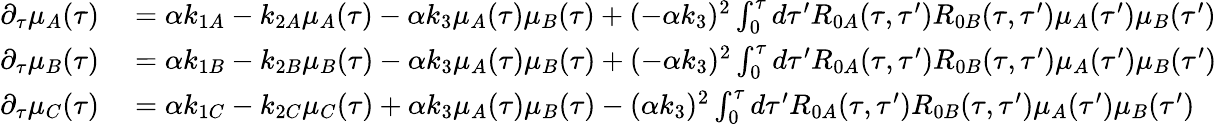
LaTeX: \begin{array}{rl}{\partial_{\tau}\mu_{A}(\tau)}&{{}=\alpha k_{1A}-k_{2A}\mu_{A}(\tau)-\alpha k_{3}\mu_{A}(\tau)\mu_{B}(\tau)+(-\alpha k_{3})^{2}\int_{0}^{\tau}d\tau^{\prime}R_{0A}(\tau,\tau^{\prime})R_{0B}(\tau,\tau^{\prime})\mu_{A}(\tau^{\prime})\mu_{B}(\tau^{\prime})}\\ {\partial_{\tau}\mu_{B}(\tau)}&{{}=\alpha k_{1B}-k_{2B}\mu_{B}(\tau)-\alpha k_{3}\mu_{A}(\tau)\mu_{B}(\tau)+(-\alpha k_{3})^{2}\int_{0}^{\tau}d\tau^{\prime}R_{0A}(\tau,\tau^{\prime})R_{0B}(\tau,\tau^{\prime})\mu_{A}(\tau^{\prime})\mu_{B}(\tau^{\prime})}\\ {\partial_{\tau}\mu_{C}(\tau)}&{{}=\alpha k_{1C}-k_{2C}\mu_{C}(\tau)+\alpha k_{3}\mu_{A}(\tau)\mu_{B}(\tau)-(\alpha k_{3})^{2}\int_{0}^{\tau}d\tau^{\prime}R_{0A}(\tau,\tau^{\prime})R_{0B}(\tau,\tau^{\prime})\mu_{A}(\tau^{\prime})\mu_{B}(\tau^{\prime})}\end{array}